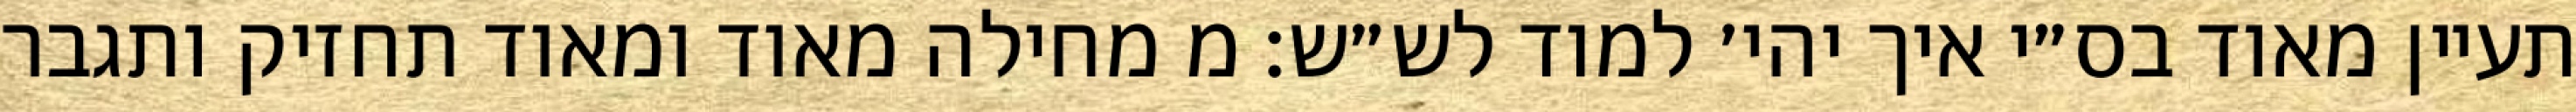
תעיין מאוד בס״י איך יהי׳ למוד לש״ש: מ מחילה מאוד ומאוד תחזיק ותגבר